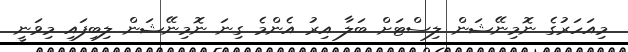
މިއަހަރުގެ ނޮމިނޭޝަން ލިސްޓަށް ބަލާ އިރު އެންމެ ގިނަ ނޮމިނޭޝަން ލިބިފައި މިވަނީ